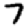
Digit: 7